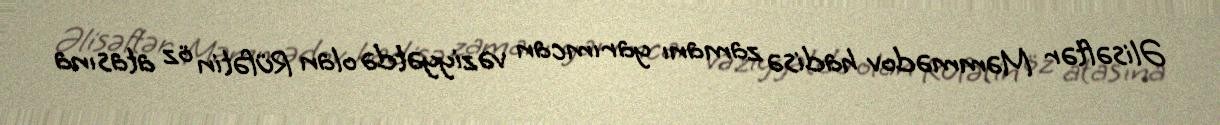
Əlisəftər Məmmədov hadisə zamanı yarımcan vəziyyətdə olan Rüfətin öz atasına